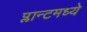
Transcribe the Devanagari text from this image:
प्लान्टमध्ये